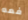
فمه